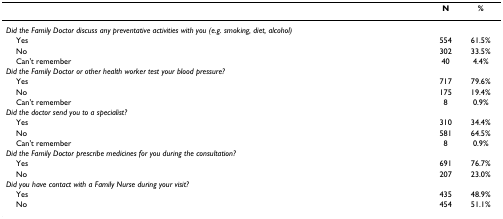
<table><thead><tr><td></td><td><b>N</b></td><td><b>%</b></td></tr></thead><tbody><tr><td><i>Did the Family Doctor discuss any preventative activities with you (e.g. smoking, diet, alcohol)</i></td><td></td><td></td></tr><tr><td> Yes</td><td>554</td><td>61.5%</td></tr><tr><td> No</td><td>302</td><td>33.5%</td></tr><tr><td> Can&#x27;t remember</td><td>40</td><td>4.4%</td></tr><tr><td><i>Did the Family Doctor or other health worker test your blood pressure?</i></td><td></td><td></td></tr><tr><td> Yes</td><td>717</td><td>79.6%</td></tr><tr><td> No</td><td>175</td><td>19.4%</td></tr><tr><td> Can&#x27;t remember</td><td>8</td><td>0.9%</td></tr><tr><td><i>Did the doctor send you to a specialist?</i></td><td></td><td></td></tr><tr><td> Yes</td><td>310</td><td>34.4%</td></tr><tr><td> No</td><td>581</td><td>64.5%</td></tr><tr><td> Can&#x27;t remember</td><td>8</td><td>0.9%</td></tr><tr><td><i>Did the Family Doctor prescribe medicines for you during the consultation?</i></td><td></td><td></td></tr><tr><td> Yes</td><td>691</td><td>76.7%</td></tr><tr><td> No</td><td>207</td><td>23.0%</td></tr><tr><td><i>Did you have contact with a Family Nurse during your visit?</i></td><td></td><td></td></tr><tr><td> Yes</td><td>435</td><td>48.9%</td></tr><tr><td> No</td><td>454</td><td>51.1%</td></tr></tbody></table>